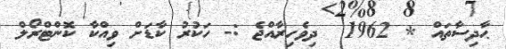
ޙާދިސާތައް * 1962  ދިވެހިރާއްޖެ :- ހަކުރު ކާޑަށް ވިއްކާ ކޮންޓްރޯލް